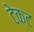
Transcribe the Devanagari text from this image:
टेक्ट